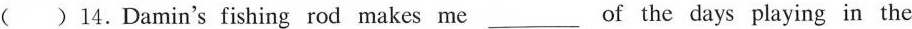
( )14.Damin's fishing rod makes me___of the days playing in the